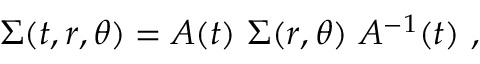
\Sigma ( t , r , \theta ) = A ( t ) \ \Sigma ( r , \theta ) \ A ^ { - 1 } ( t ) \ ,